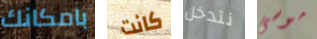
بامكانك كانت نتدخل موسى